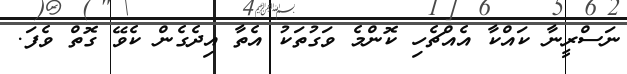
ނަސްރީނާ ކައްކާ އެއްޗެހި ކޮންމެ ވަގުތަކު އެތާ އިދެގެން ކެވޭ ގޮތް ވެފަ.